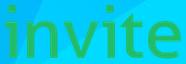
invite